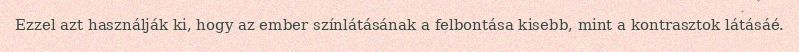
Ezzel azt használják ki, hogy az ember színlátásának a felbontása kisebb, mint a kontrasztok látásáé.